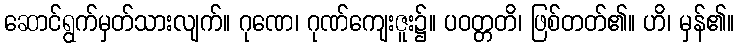
ဆောင်ရွက်မှတ်သားလျက်။ ဂုဏေ၊ ဂုဏ်ကျေးဇူး၌။ ပဝတ္တတိ၊ ဖြစ်တတ်၏။ ဟိ၊ မှန်၏။